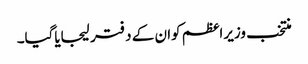
منتخب وزیراعظم کوان کے دفتر لیجایاگیا۔